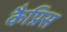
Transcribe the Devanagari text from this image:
कैप्रिस